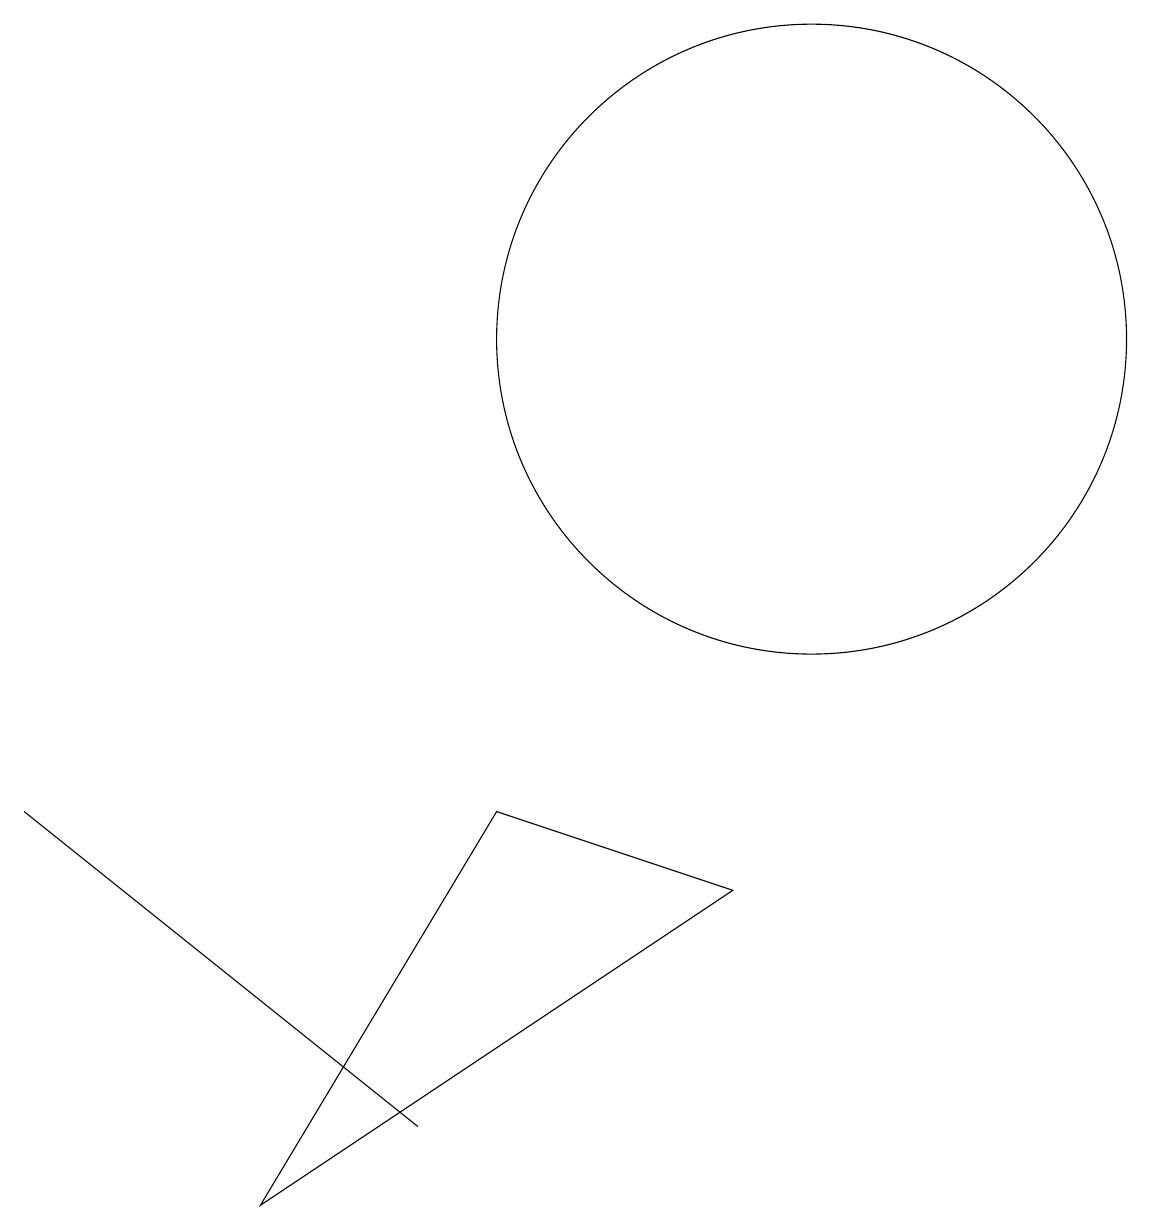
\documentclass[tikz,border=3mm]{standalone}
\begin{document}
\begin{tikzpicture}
\draw (11,10) circle (0);
\draw (0,5) -- (0,5) -- (5,1) -- cycle;
\draw (10,11) circle (4);
\draw (3,0) -- (9,4) -- (6,5) -- cycle;
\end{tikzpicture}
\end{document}